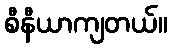
စီနီယာကျတယ်။